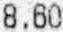
8.60